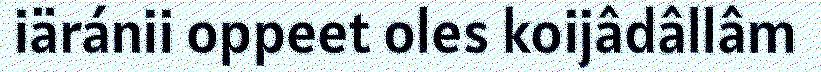
iäránii oppeet oles koijâdâllâm